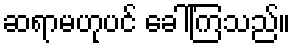
ဆရာမဟုပင် ခေါ်ကြသည်။